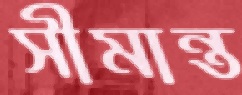
সীমান্ত